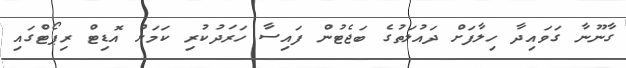
ގާނޫނާ ގަވައިދާ ހިލާފަށް ދައުލަތުގެ ބަޖެޓުން ފައިސާ ހަރަދުކުރި ކަމަށް އޮޑިޓް ރިޕޯޓްގައި